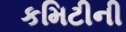
કમિટીની